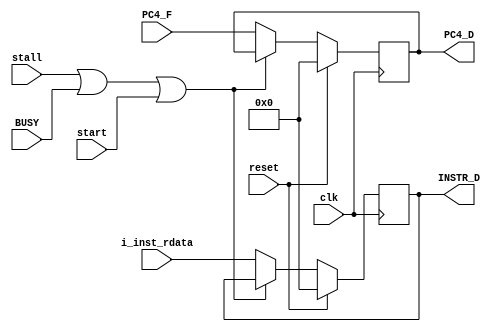
`timescale 1ns / 1ps
//////////////////////////////////////////////////////////////////////////////////
// Company: 
// Engineer: 
// 
// Design Name: 
// Module Name:    D_register 
// Project Name: 
// Target Devices: 
// Tool versions: 
// Description: 
//
// Dependencies: 
//
// Revision: 
// Revision 0.01 - File Created
// Additional Comments: 
//
//////////////////////////////////////////////////////////////////////////////////
module D_Aregister(
    input clk,
	 input reset,
	 input stall,
	 input BUSY,
	 input start,
    input [31:0] i_inst_rdata,
    input [31:0] PC4_F,
	//input [31:0] PC_F,
    output [31:0] INSTR_D,
    output [31:0] PC4_D
	//output [31:0] PC_D
    );

wire [31:0] INSTR_F;
reg [31:0] INSTR;
reg [31:0] PC4;
//reg [31:0] PC;
wire EN_D;

assign EN_D = !(stall | BUSY | start);
assign INSTR_F = i_inst_rdata;

always @(posedge clk) begin
	if(reset) begin
		INSTR <= 0;
		PC4 <= 0;
		//PC <= 0;
	end
	else begin
		if(EN_D)begin
			INSTR <= INSTR_F;
			PC4 <= PC4_F;
			//PC <= PC_F;
		end
	end
end

assign INSTR_D = INSTR;
assign PC4_D = PC4;
//assign PC_D = PC;

endmodule